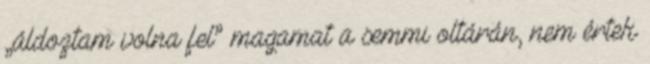
„áldoztam vol­na fel” magamat a sem­mi oltá­rán, nem értek